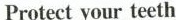
Protect your teeth